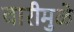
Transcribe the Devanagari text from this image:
वारीमुळे